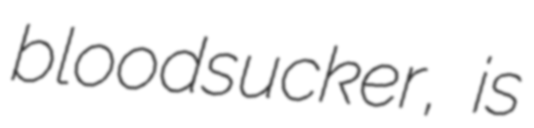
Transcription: bloodsucker, is